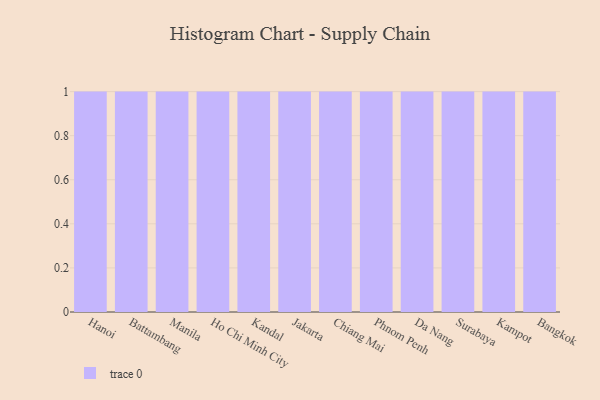
{"axis": {"x": "City", "y": "Conversion Rate (%)"}, "legend": [""], "data": [{"x": "Hanoi", "y": 66, "type": ""}, {"x": "Battambang", "y": 48, "type": ""}, {"x": "Manila", "y": 94, "type": ""}, {"x": "Ho Chi Minh City", "y": 80, "type": ""}, {"x": "Kandal", "y": 96, "type": ""}, {"x": "Jakarta", "y": 75, "type": ""}, {"x": "Chiang Mai", "y": 60, "type": ""}, {"x": "Phnom Penh", "y": 77, "type": ""}, {"x": "Da Nang", "y": 33, "type": ""}, {"x": "Surabaya", "y": 12, "type": ""}, {"x": "Kampot", "y": 49, "type": ""}, {"x": "Bangkok", "y": 49, "type": ""}]}